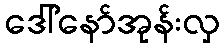
ဒေါ်နော်အုန်းလှ